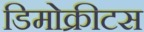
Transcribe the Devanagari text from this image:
डिमोक्रीटस